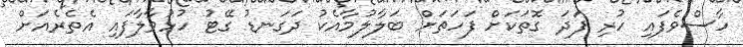
ހާސްވެފައި ހުރި ފަދަ ގޮތަކަށް ފަހަތަށް ބަލާލުމާއެކު ދަގަނޑު ގޭޓު ހުޅުވާލާފައި އެތެރެއަށް